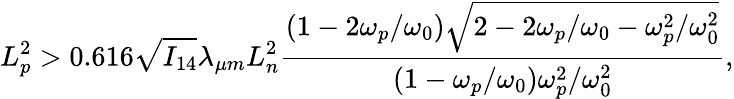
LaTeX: L_{p}^{2}>0.616\sqrt{I_{14}}\lambda_{\mu m}L_{n}^{2}\frac{(1-2\omega_{p}/\omega_{0})\sqrt{2-2\omega_{p}/\omega_{0}-\omega_{p}^{2}/\omega_{0}^{2}}}{(1-\omega_{p}/\omega_{0})\omega_{p}^{2}/\omega_{0}^{2}},